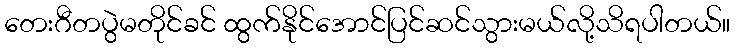
တေးဂီတပွဲမတိုင်ခင် ထွက်နိုင်အောင်ပြင်ဆင်သွားမယ်လို့သိရပါတယ်။